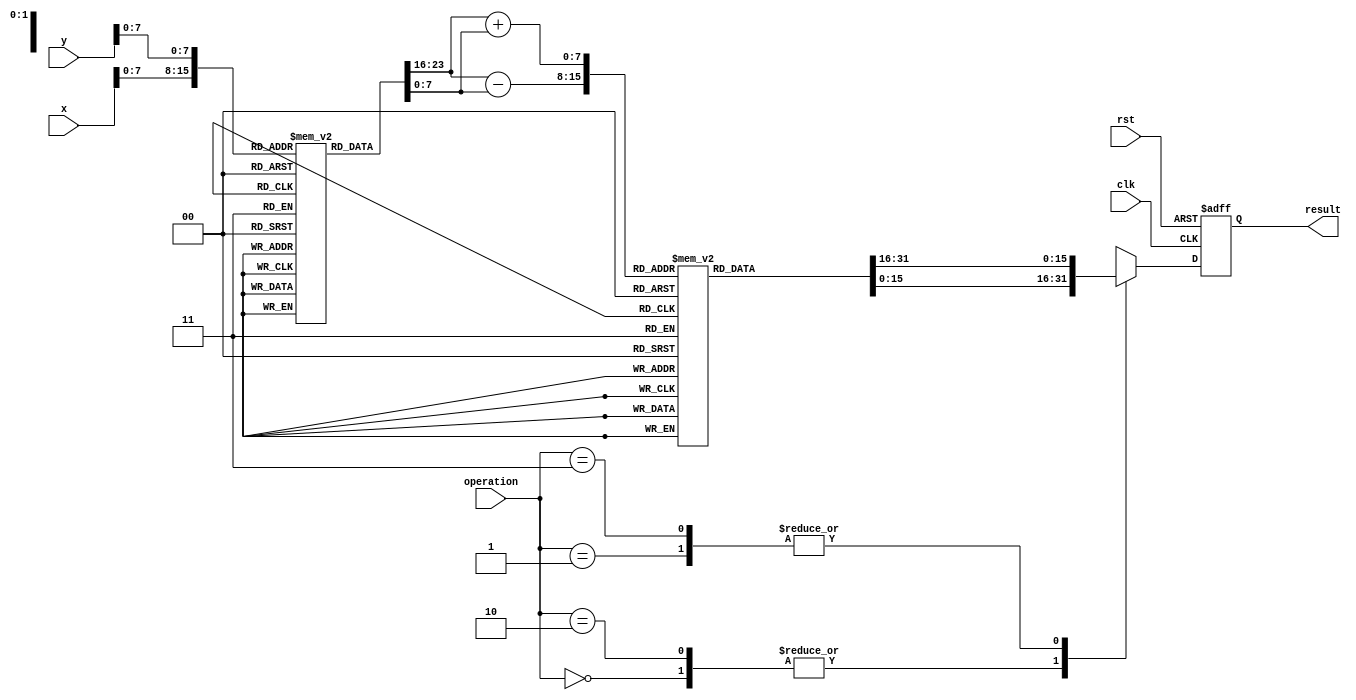
module LogarithmBasedDSPU (
    input wire clk,
    input wire rst,
    input wire [15:0] x, // Input signal x
    input wire [15:0] y, // Input signal y
    input wire [1:0] operation, // Operation selector: 00-add, 01-subtract, 10-multiply, 11-divide
    output reg [15:0] result // Output result
);

// Logarithm and Anti-logarithm LUTs (example values)
reg [15:0] log_lut [0:255]; // Logarithm lookup table
reg [15:0] antilog_lut [0:255]; // Anti-logarithm lookup table

// Initialize LUTs (example initialization)
initial begin
    // Populate log_lut and antilog_lut with appropriate values
    // This is a placeholder; actual values should be calculated based on the logarithmic base
    // For example, log_lut[0] = 0, log_lut[1] = 0, log_lut[2] = 1, ...
    // Similarly for antilog_lut
end

// Logarithm conversion
function [15:0] log_conversion(input [15:0] value);
    begin
        // Simple LUT-based logarithm conversion
        log_conversion = log_lut[value[7:0]]; // Assuming 8-bit input for LUT indexing
    end
endfunction

// Anti-logarithm conversion
function [15:0] antilog_conversion(input [15:0] value);
    begin
        // Simple LUT-based anti-logarithm conversion
        antilog_conversion = antilog_lut[value[7:0]]; // Assuming 8-bit input for LUT indexing
    end
endfunction

// Arithmetic operations
always @(posedge clk or posedge rst) begin
    if (rst) begin
        result <= 16'b0;
    end else begin
        case (operation)
            2'b00: // Addition
                result <= antilog_conversion(log_conversion(x) + log_conversion(y));
            2'b01: // Subtraction
                result <= antilog_conversion(log_conversion(x) - log_conversion(y));
            2'b10: // Multiplication
                result <= antilog_conversion(log_conversion(x) + log_conversion(y));
            2'b11: // Division
                result <= antilog_conversion(log_conversion(x) - log_conversion(y));
            default: 
                result <= 16'b0; // Default case
        endcase
    end
end

endmodule